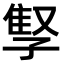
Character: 𫲫